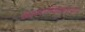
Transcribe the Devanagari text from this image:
व्यसायिकरण